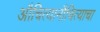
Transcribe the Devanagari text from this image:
औचित्यानौचित्याचा